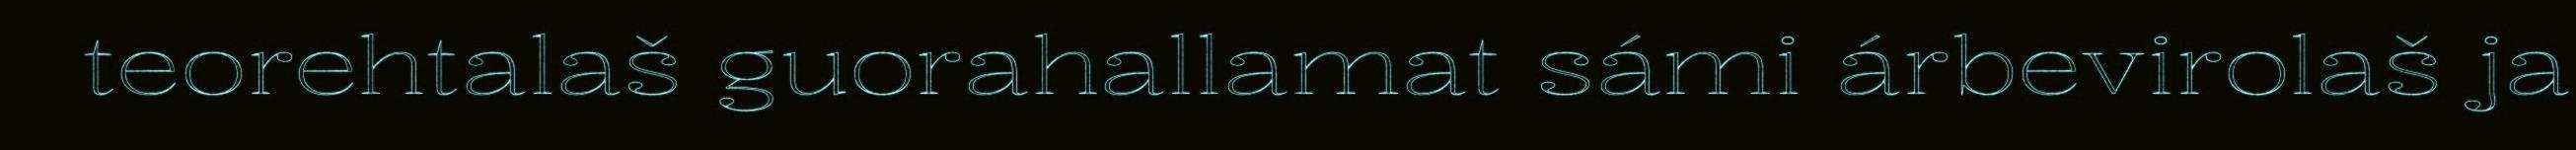
teorehtalaš guorahallamat sámi árbevirolaš ja